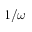
1 / \omega